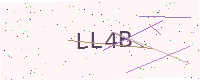
Text: LL4B